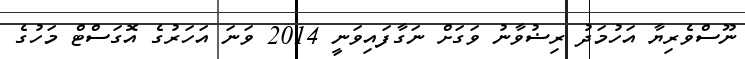
ނޫސްވެރިޔާ އަހުމަދު ރިޟުވާނު ވަގަށް ނަގާފައިވަނީ 2014 ވަނަ އަހަރުގެ އޮގަސްޓް މަހުގެ